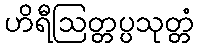
ဟိရီဩတ္တပ္ပသုတ္တံ